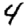
Digit: 4